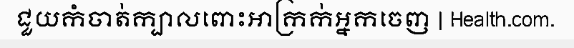
ជួយកំចាត់ក្បាលពោះអាក្រក់អ្នកចេញ | Health.com.